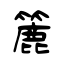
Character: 簏